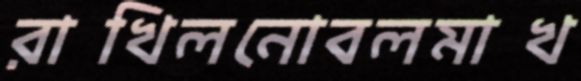
রাখিলনোবলমাখ